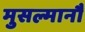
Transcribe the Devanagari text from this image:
मुसल्मानौं